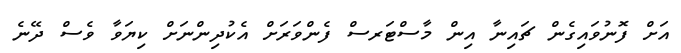
އަށް ފޮނުވައިގެން ޗައިނާ އިން މާސްޓަރސް ފެންވަރަށް އެކުދިންނަށް ކިޔަވާ ވެސް ދޭނެ